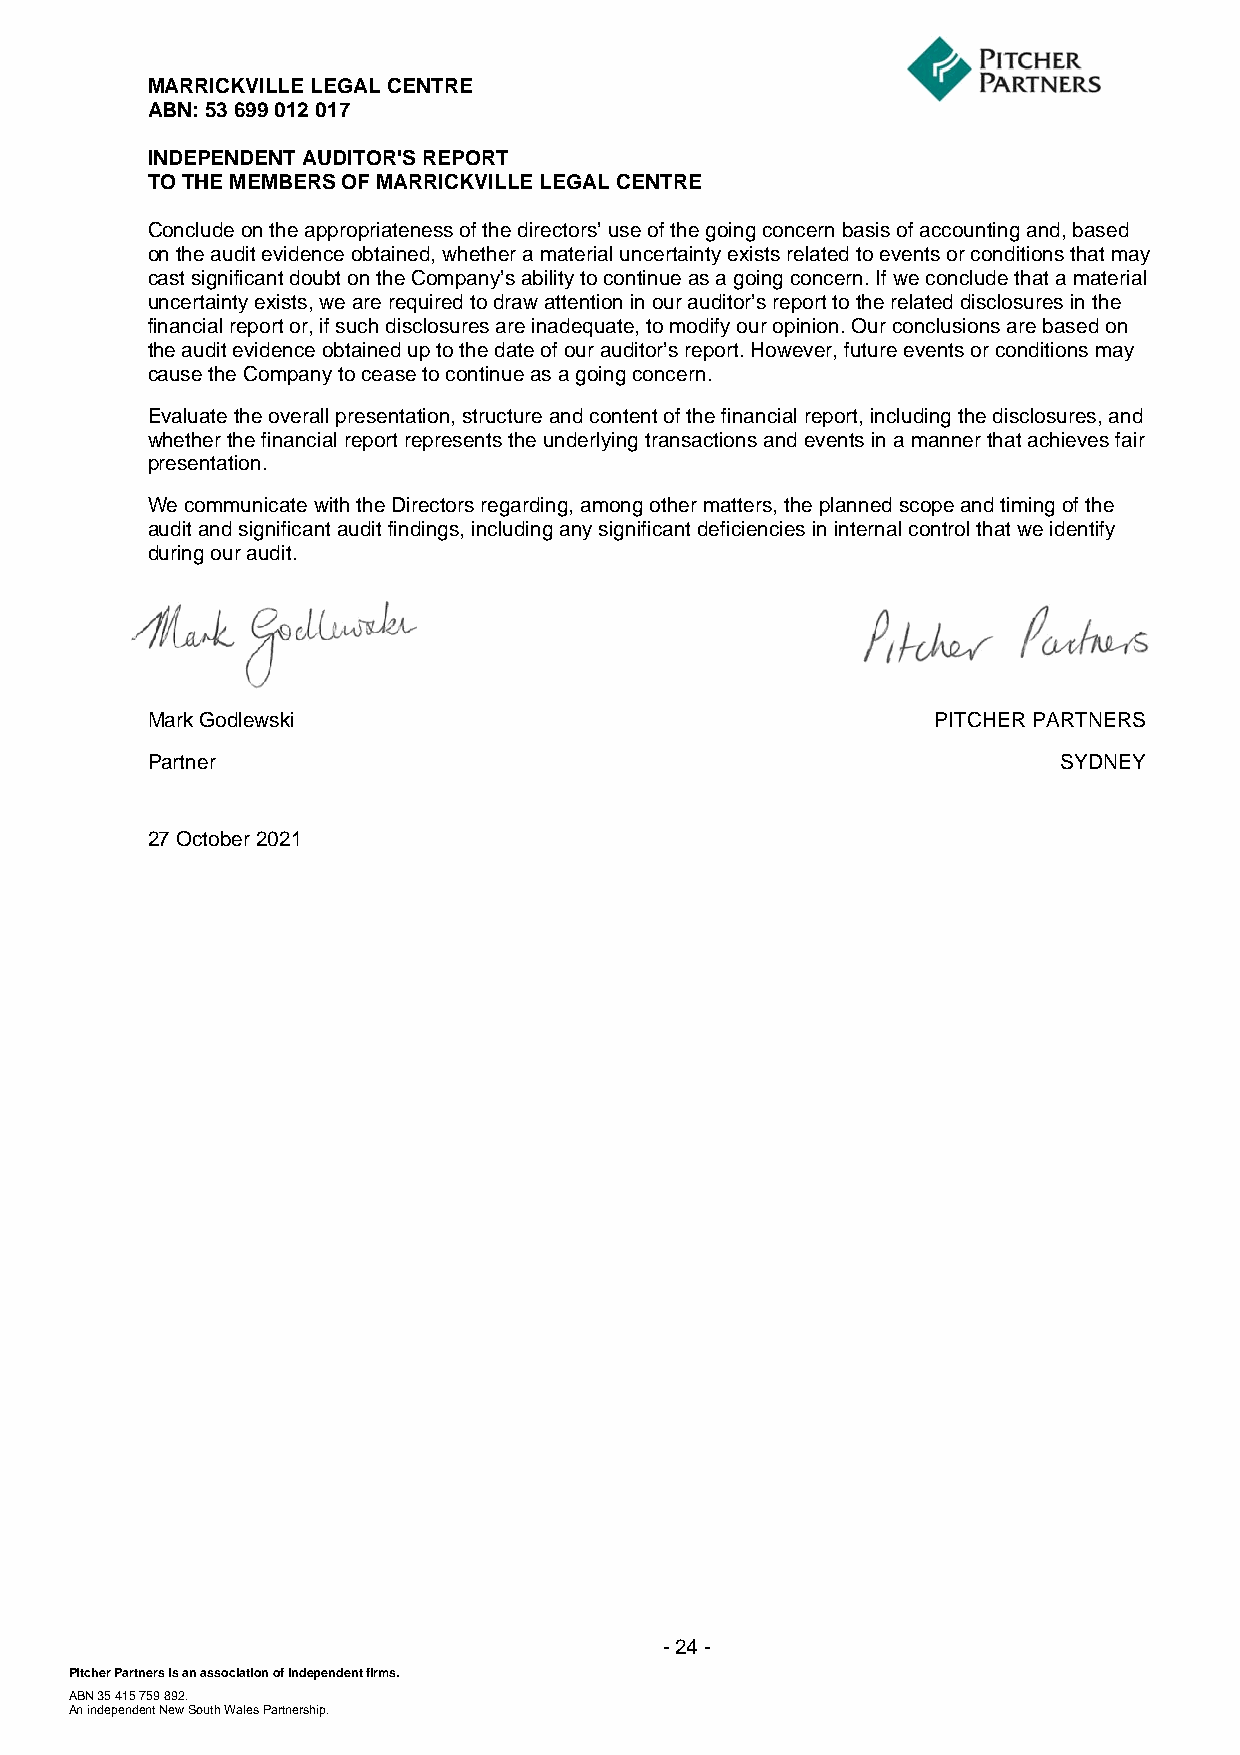
MARRICKVILLE LEGAL CENTRE
 ABN: 53 699 012 017
 INDEPENDENT AUDITOR'S REPORT
 TO THE MEMBERS OF MARRICKVILLE LEGAL CENTRE
 Conclude on the appropriateness of the directors’ use of the going concern basis of accounting and, based
 on the audit evidence obtained, whether a material uncertainty exists related to events or conditions that may
 cast significant doubt on the Company’s ability to continue as a going concern. If we conclude that a material
 uncertainty exists, we are required to draw attention in our auditor’s report to the related disclosures in the
 financial report or, if such disclosures are inadequate, to modify our opinion. Our conclusions are based on
 the audit evidence obtained up to the date of our auditor’s report. However, future events or conditions may
 cause the Company to cease to continue as a going concern.
 Evaluate the overall presentation, structure and content of the financial report, including the disclosures, and
 whether the financial report represents the underlying transactions and events in a manner that achieves fair
 presentation.
 We communicate with the Directors regarding, among other matters, the planned scope and timing of the
 audit and significant audit findings, including any significant deficiencies in internal control that we identify
 during our audit.
 Mark Godlewski                                      PITCHER PARTNERS
 Partner                                                     SYDNEY
 27 October 2021
 - 24 -
 Pitcher Partne rs is an association of independent firms.
 ABN 35 415 759 892.
 An independent New South Wales Partnership.